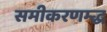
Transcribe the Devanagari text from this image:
समीकरणम्द्ध